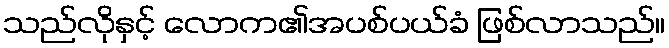
သည်လိုနှင့် လောက၏အပစ်ပယ်ခံ ဖြစ်လာသည်။